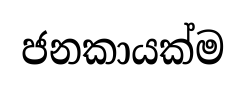
ජනකායක්ම